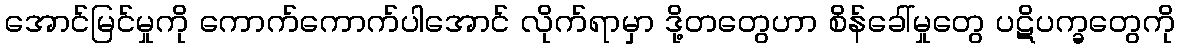
အောင်မြင်မှုကို ကောက်ကောက်ပါအောင် လိုက်ရာမှာ ဒို့တတွေဟာ စိန်ခေါ်မှုတွေ ပဋိပက္ခတွေကို